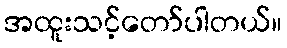
အထူးသင့်တော်ပါတယ်။